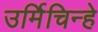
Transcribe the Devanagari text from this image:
उर्मिचिन्हे